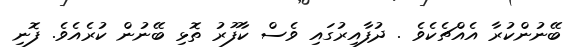
ބޭނުންކުރާ އެއްޗެކެވެ . ދުފާއިރުގައި ވެސް ކާފޫރު ތޮޅި ބޭނުން ކުރެއެވެ. ފޮނި